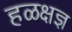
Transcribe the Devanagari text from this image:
हळक्षज्ञ